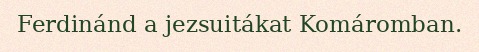
Ferdinánd a jezsuitákat Komáromban.